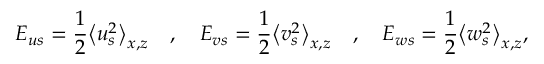
E _ { u s } = \frac { 1 } { 2 } \big \langle u _ { s } ^ { 2 } \big \rangle _ { x , z } \quad , \quad E _ { v s } = \frac { 1 } { 2 } \big \langle v _ { s } ^ { 2 } \big \rangle _ { x , z } \quad , \quad E _ { w s } = \frac { 1 } { 2 } \big \langle w _ { s } ^ { 2 } \big \rangle _ { x , z } ,